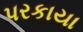
પરકાયા